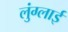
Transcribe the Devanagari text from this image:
लुंग्लाई